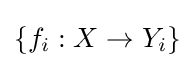
\left\{f_{i}:X\to Y_{i}\right\}